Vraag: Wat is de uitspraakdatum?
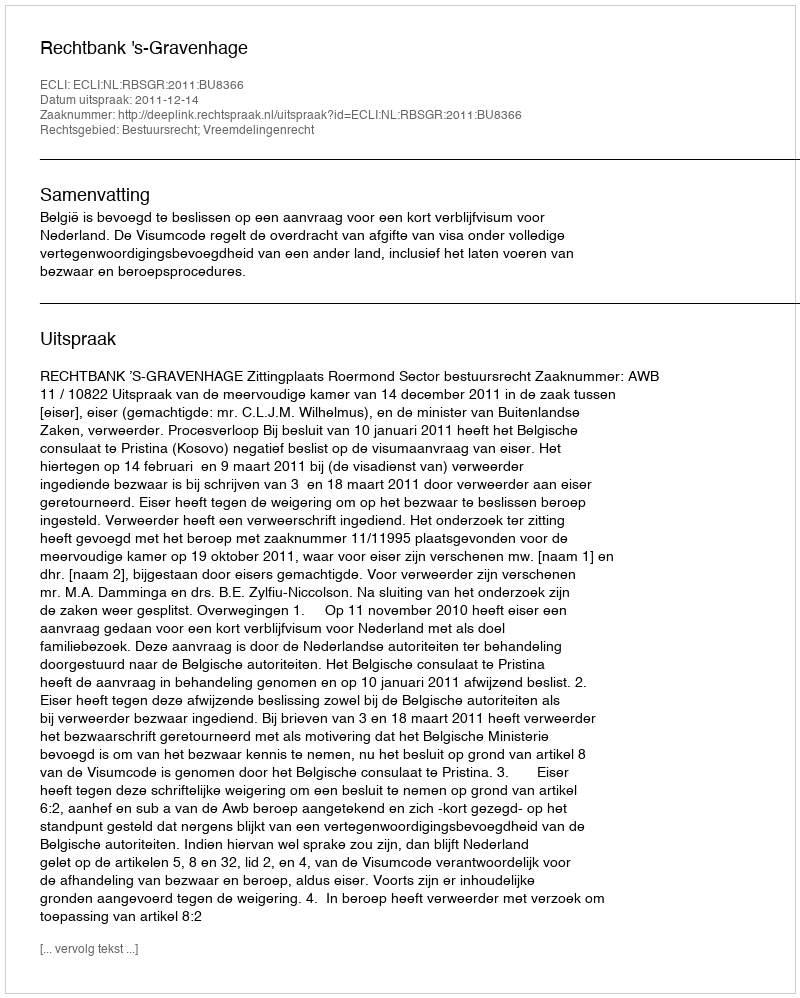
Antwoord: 2011-12-14